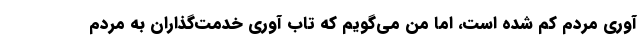
آوری مردم کم شده است، اما من می‌گویم که تاب آوری خدمت‌گذاران به مردم